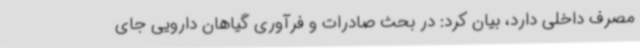
مصرف داخلی دارد، بیان کرد: در بحث صادرات و فرآوری گیاهان دارویی جای